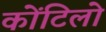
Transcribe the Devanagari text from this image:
कोंटिलो